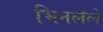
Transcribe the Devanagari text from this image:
भिनलेले